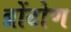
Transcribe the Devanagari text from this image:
ब्रोंटोण